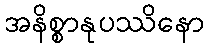
အနိစ္စာနုပဿိနော